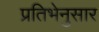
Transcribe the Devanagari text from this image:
प्रतिभेनुसार